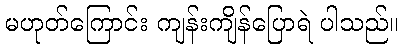
မဟုတ်ကြောင်း ကျန်းကျိန်ပြောရဲ ပါသည်။